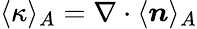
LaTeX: \langle\kappa\rangle_{A}=\nabla\cdot\langle\boldsymbol{n}\rangle_{A}